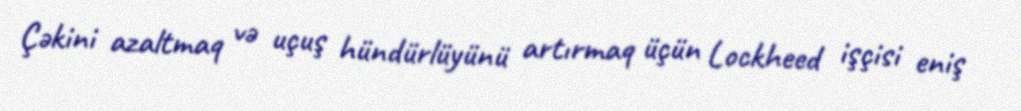
Çəkini azaltmaq və uçuş hündürlüyünü artırmaq üçün Lockheed işçisi eniş